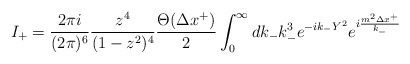
\begin{align*}I_{+}= \frac{2\pi i}{(2\pi)^{6}}\frac{z^{4}}{(1-z^{2})^{4}}\frac{\Theta(\Delta x^{+})}{2}\int_{0}^{\infty}dk_{-} k_{-}^{3} e^{-ik_{-}Y^{2}}e^{i\frac{m^{2}\Delta x^{+}}{k_{-}}} \end{align*}